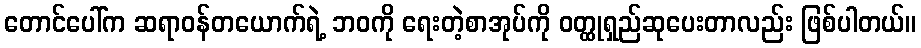
တောင်ပေါ်က ဆရာဝန်တယောက်ရဲ့ ဘဝကို ရေးတဲ့စာအုပ်ကို ဝတ္ထုရှည်ဆုပေးတာလည်း ဖြစ်ပါတယ်။